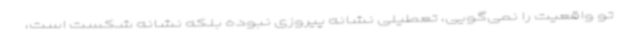
تو واقعیت را نمی‌گویی، تعطیلی نشانه پیروزی نبوده بلکه نشانه شکست است،